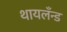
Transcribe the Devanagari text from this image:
थायलँन्ड